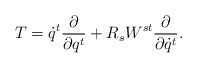
\begin{align*}T = \dot q^t\frac{\partial}{\partial q^t} +R_s W^{st}\frac{\partial}{\partial \dot q^t} . \end{align*}